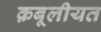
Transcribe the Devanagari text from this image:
क़बूलीयत